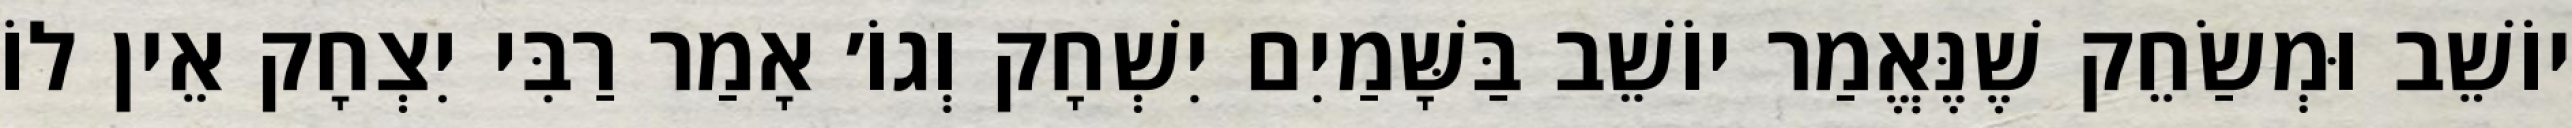
יוֹשֵׁב וּמְשַׂחֵק שֶׁנֶּאֱמַר יוֹשֵׁב בַּשָּׁמַיִם יִשְׁחָק וְגוֹ׳ אָמַר רַבִּי יִצְחָק אֵין לוֹ